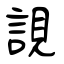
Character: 誢